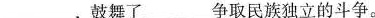
___，鼓舞了___争取民族独立的斗争。